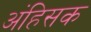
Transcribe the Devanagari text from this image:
अंहिसक